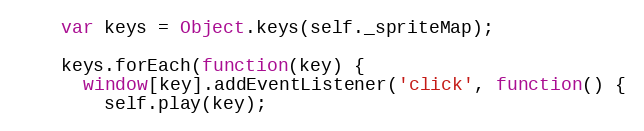
Language: JavaScript
    var keys = Object.keys(self._spriteMap);

    keys.forEach(function(key) {
      window[key].addEventListener('click', function() {
        self.play(key);